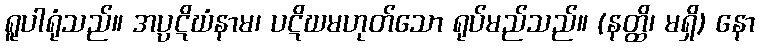
ရူပါရုံသည်။ အပ္ပဋိဃံနာမ၊ ပဋိဃမဟုတ်သော ရုပ်မည်သည်။ (နတ္ထိ၊ မရှိ) နော